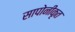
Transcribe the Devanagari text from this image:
सापोनीकृत